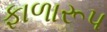
ફાળારૂપ